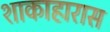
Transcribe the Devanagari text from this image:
शाकाहारास